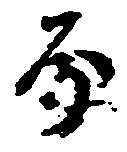
房